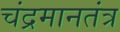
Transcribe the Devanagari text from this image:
चंद्रमानतंत्र